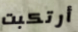
أرتكبت